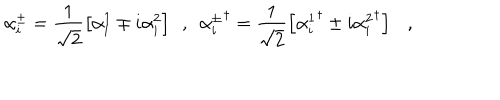
\alpha _ { i } ^ { \pm } = \frac { 1 } { \sqrt { 2 } } \left[ \alpha _ { i } ^ { 1 } \mp i \alpha _ { i } ^ { 2 } \right] \ \ , \ \ { \alpha _ { i } ^ { \pm } } ^ { \dagger } = \frac { 1 } { \sqrt { 2 } } \left[ { \alpha _ { i } ^ { 1 } } ^ { \dagger } \pm i { \alpha _ { i } ^ { 2 } } ^ { \dagger } \right] \ \ \ ,